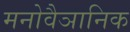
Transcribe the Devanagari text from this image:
मनोवैञानिक